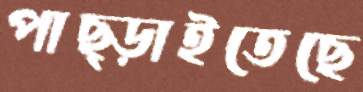
পাছ্‌ড়াইতেছে